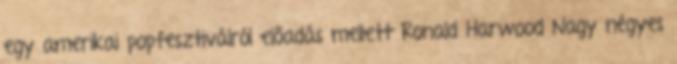
egy amerikai popfesztiválról előadás mellett Ronald Harwood Nagy négyes